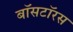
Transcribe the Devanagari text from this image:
बॉसटॉरस